Proceedings of the meeting of veterinary officers in India
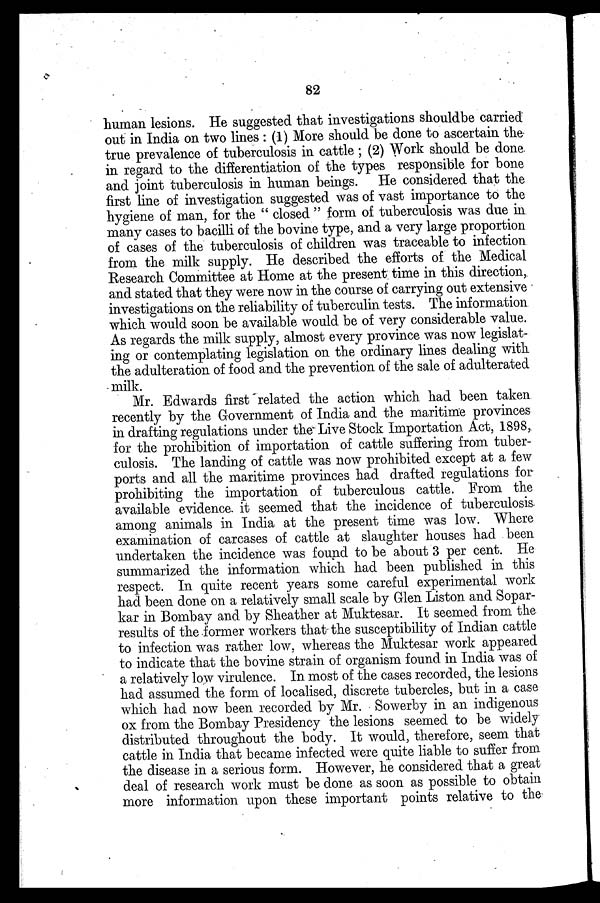
82
human lesions. He suggested that investigations should be carried
out in India on two lines : (1) More should be done to ascertain the
true prevalence of tuberculosis in cattle ; (2) Work should be done
in regard to the differentiation of the types responsible for bone
and joint tuberculosis in human beings. He considered that the
first line of investigation suggested was of vast importance to the
hygiene of man, for the " closed " form of tuberculosis was due in
many cases to bacilli of the bovine type, and a very large proportion
of cases of the tuberculosis of children was traceable to infection
from the milk supply. He described the efforts of the Medical
Research Committee at Home at the present time in this direction,
and stated that they were now in the course of carrying out extensive
investigations on the reliability of tuberculin tests. The information
which would soon be available would be of very considerable value.
As regards the milk supply, almost every province was now legislat-
ing or contemplating legislation on the ordinary lines dealing with
the adulteration of food and the prevention of the sale of adulterated
milk.
Mr. Edwards first related the action which had been taken
recently by the Government of India and the maritime provinces
in drafting regulations under the Live Stock Importation Act, 1898,
for the prohibition of importation of cattle suffering from tuber-
culosis. The landing of cattle was now prohibited except at a few
ports and all the maritime provinces had drafted regulations for
prohibiting the importation of tuberculous cattle. From the
available evidence it seemed that the incidence of tuberculosis
among animals in India at the present time was low. Where
examination of carcases of cattle at slaughter houses had been
undertaken the incidence was found to be about 3 per cent. He
summarized the information which had been published in this
respect. In quite recent years some careful experimental work
had been done on a relatively small scale by Glen Liston and Sopar-
kar in Bombay and by Sheather at Muktesar. It seemed from the
results of the former workers that the susceptibility of Indian cattle
to infection was rather low, whereas the Muktesar work appeared
to indicate that the bovine strain of organism found in India was of
a relatively low virulence. In most of the cases recorded, the lesions
had assumed the form of localised, discrete tubercles, but in a case
which had now been recorded by Mr. Sowerby in an indigenous
ox from the Bombay Presidency the lesions seemed to be widely
distributed throughout the body. It would, therefore, seem that
cattle in India that became infected were quite liable to suffer from
the disease in a serious form. However, he considered that a great
deal of research work must be done as soon as possible to obtain
more information upon these important points relative to the